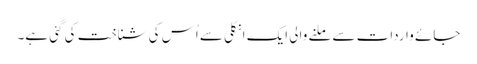
جائے واردات سے ملنے والی ایک انگلی سے اُس کی شناخت کی گئی ہے۔